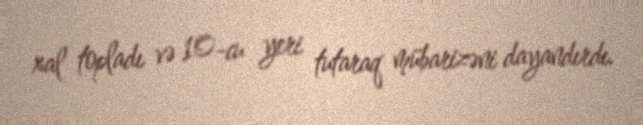
xal topladı və 10-cu yeri tutaraq mübarizəni dayandırdı.